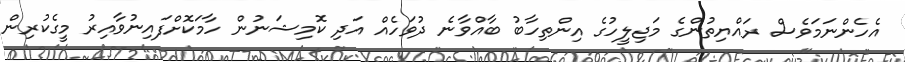
އެހެންނަމަވެސް ރައްޔިތުންގެ މަޖިލީހުގެ އިންތިހާބު ބާއްވާނެ ދުވަހެއް އަދި ކޮމިޝަނުން ހާމަކޮށްފައިނުވާއިރު މީގެކުރިން